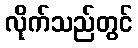
လိုက်သည်တွင်